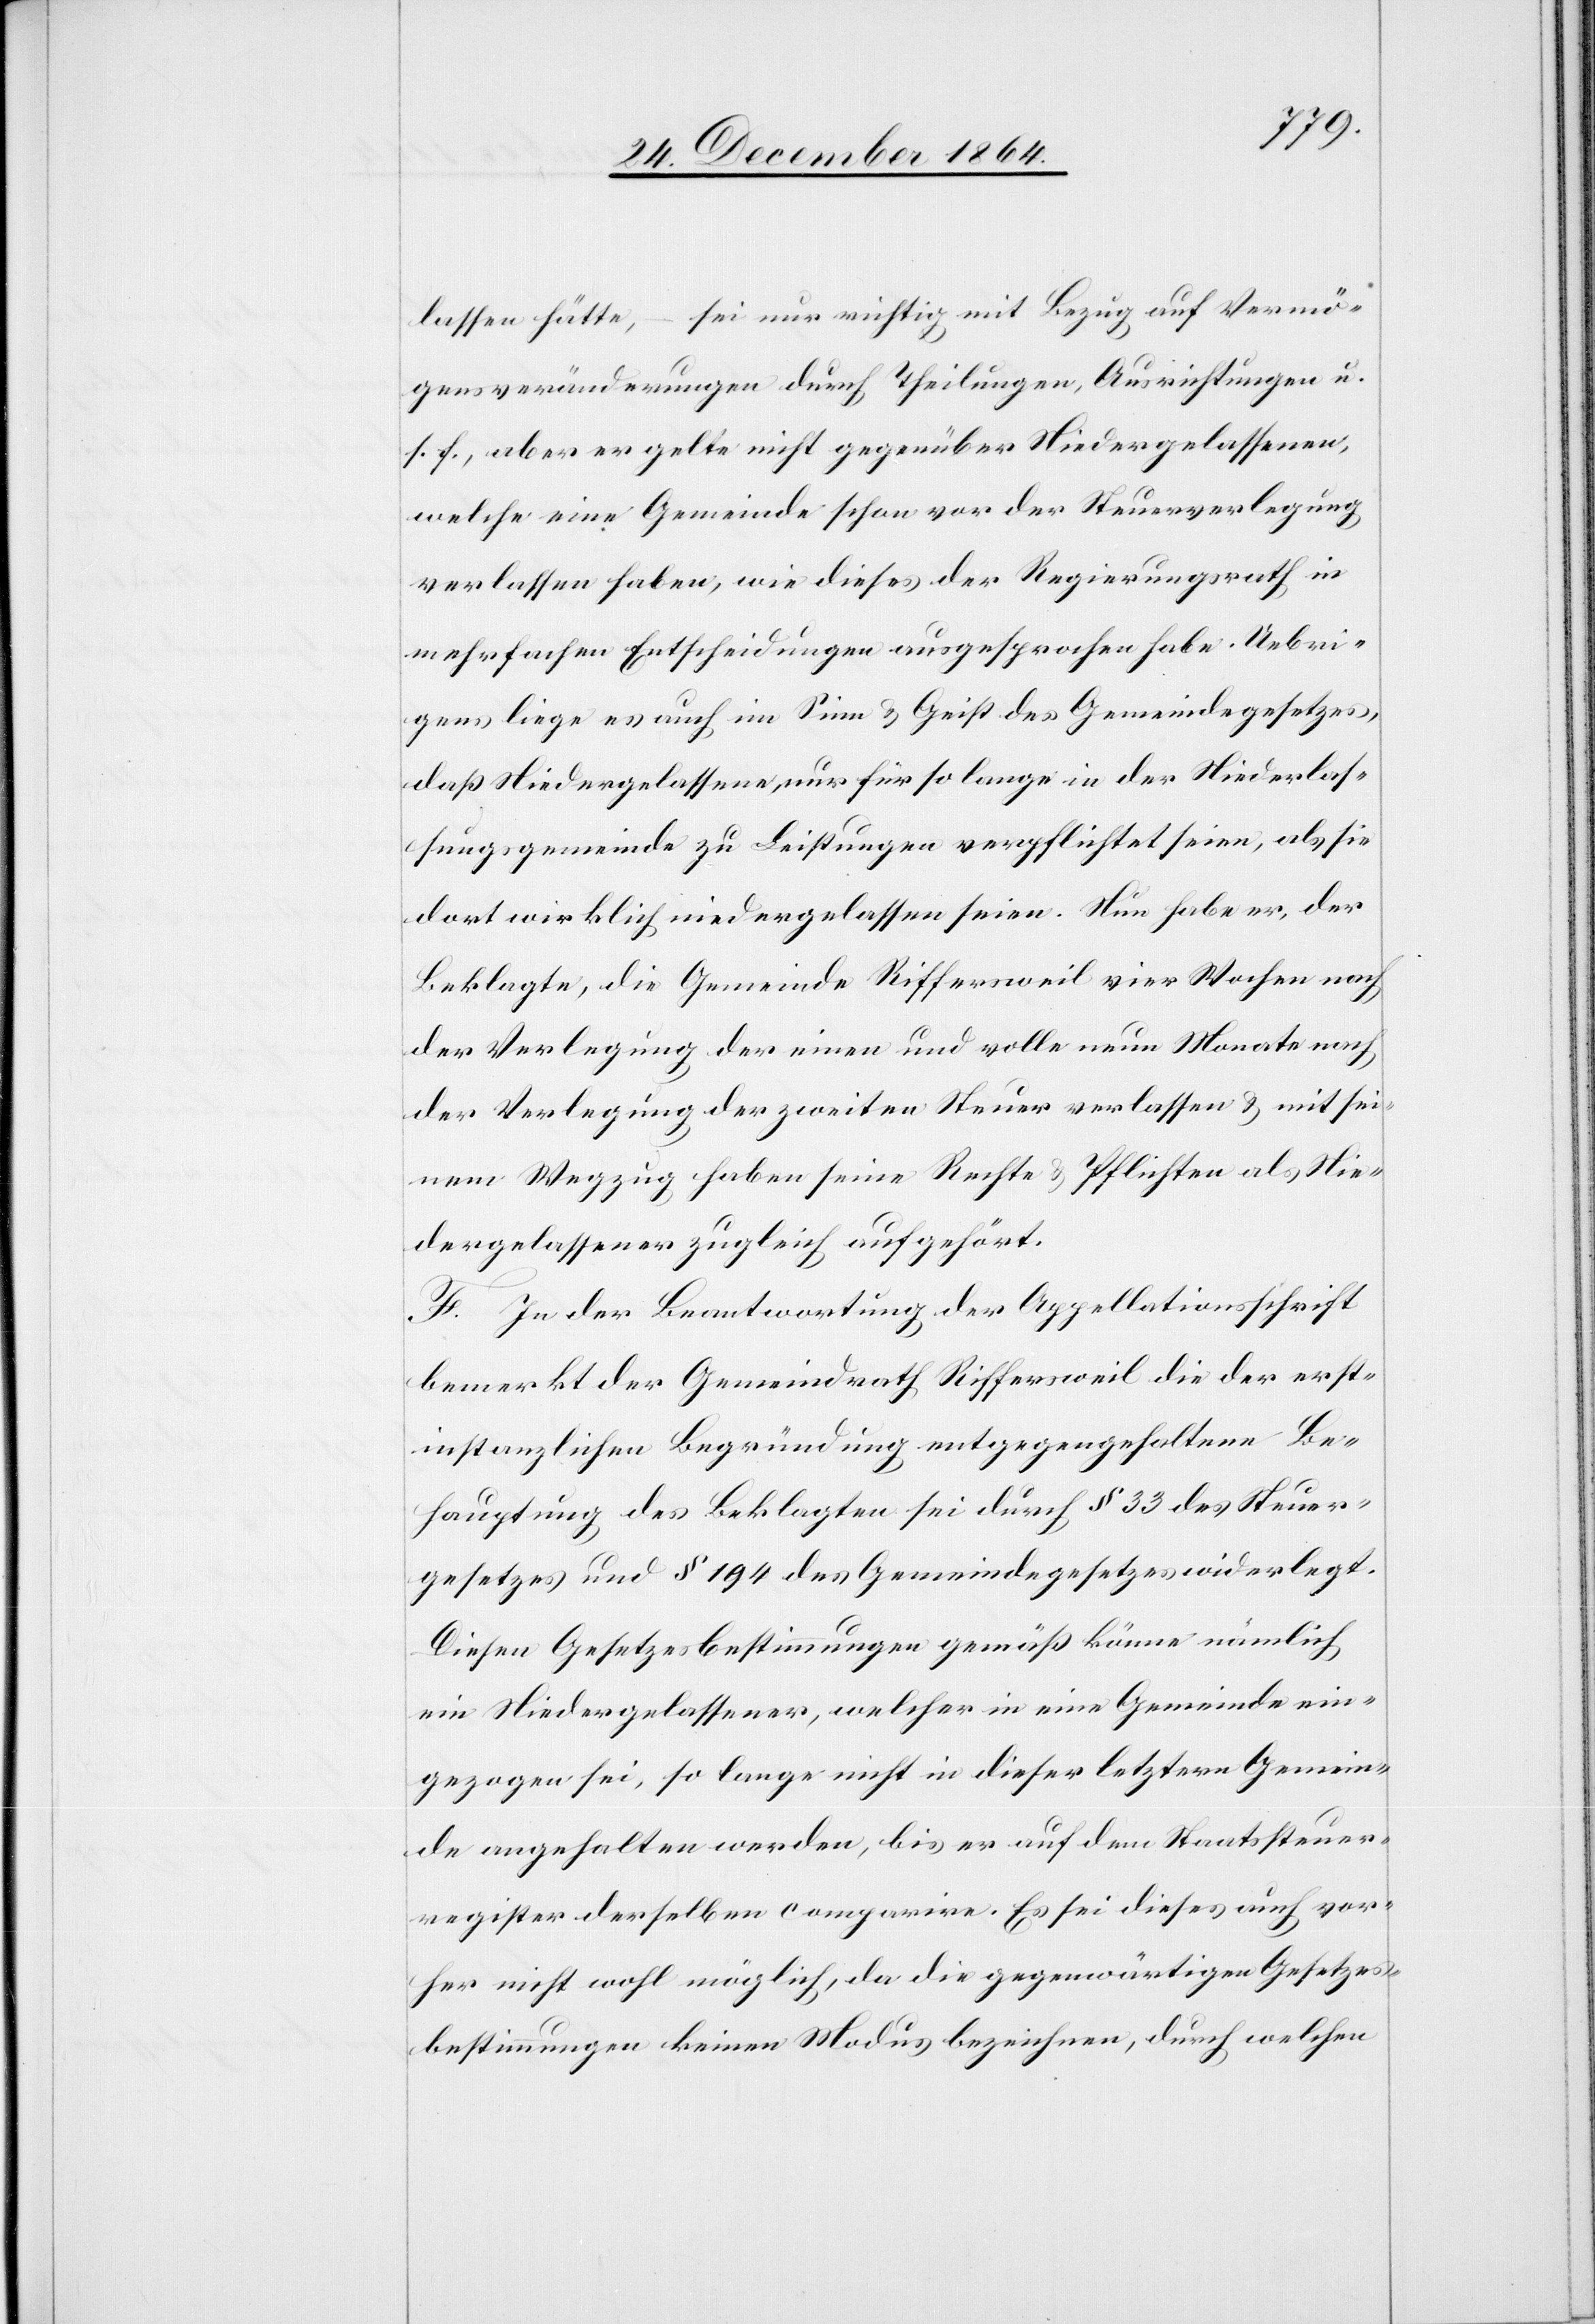
lassen hätte – sei nur richtig mit Bezug auf Vermö¬
gensveränderungen durch Theilungen, Ausrichtungen u.
s. f., aber er gelte nicht gegenüber Niedergelassenen,
welche eine Gemeinde schon vor der Steuerverlegung
verlassen haben, wie dieses der Regierungsrath in
mehrfachen Entscheidungen ausgesprochen habe. Uebri¬
gens liege es auch im Sinn & Geist des Gemeindegesetzes,
daß Niedergelassene nur für so lange in der Niederlas¬
sungsgemeinde zu Leistungen verpflichtet seien, als sie
dort wirklich niedergelassen seien. Nun habe er, der
Beklagte, die Gemeinde Riffersweil vier Wochen nach
der Verlegung der einen und volle neun Monate nach
der Verlegung der zweiten Steuer verlassen & mit sei¬
nem Wegzug haben seine Rechte & Pflichten als Nie¬
dergelassener zugleich aufgehört.
F. In der Beantwortung der Appellationsschrift
bemerkt der Gemeindrath Riffersweil die der erst¬
instanzlichen Begründung entgegengehaltene Be¬
hauptung des Beklagten sei durch § 33 des Steuer¬
gesetzes und § 194 des Gemeindegesetzes widerlegt.
Diesen Gesetzesbestimmungen gemäß könne nämlich
ein Niedergelassener, welcher in eine Gemeinde ein¬
gezogen sei, so lange nicht in dieser letztern Gemein¬
de angehalten werden, bis er auf dem Staatssteuer¬
register derselben comparire. Es sei dieses auch vor¬
her nicht wohl möglich, da die gegenwärtigen Gesetzes¬
bestimmungen keinen Modus bezeichnen, durch welchen